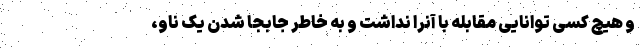
و هیچ کسی توانایی مقابله با آنرا نداشت و به خاطر جابجا شدن یک ناو،